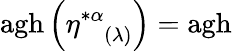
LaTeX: \mathrm{agh}\left(\eta_{\; \; \; (\lambda)}^{*\alpha}\right)=\mathrm{agh}